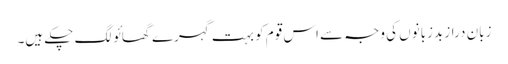
زبان دراز بدزبانوں کی وجہ سے اس قوم کو بہت گہرے گھائو لگ چکے ہیں۔